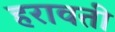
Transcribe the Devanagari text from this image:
हरावती